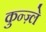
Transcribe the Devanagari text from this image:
कुन्ज़्ले